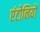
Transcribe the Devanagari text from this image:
एंटोनियों